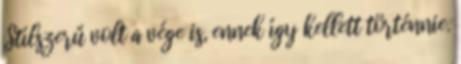
Stílszerű volt a vége is, ennek így kellett történnie.